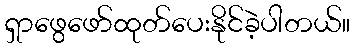
ရှာဖွေဖော်ထုတ်ပေးနိုင်ခဲ့ပါတယ်။